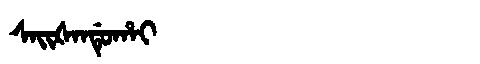
Manchu: ᠰᠠᡳᡧᠠᠨᡩᡠᡥᠠᡳ
Romanization: SAIŠANDUHAI